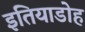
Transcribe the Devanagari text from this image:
इतियाडोह